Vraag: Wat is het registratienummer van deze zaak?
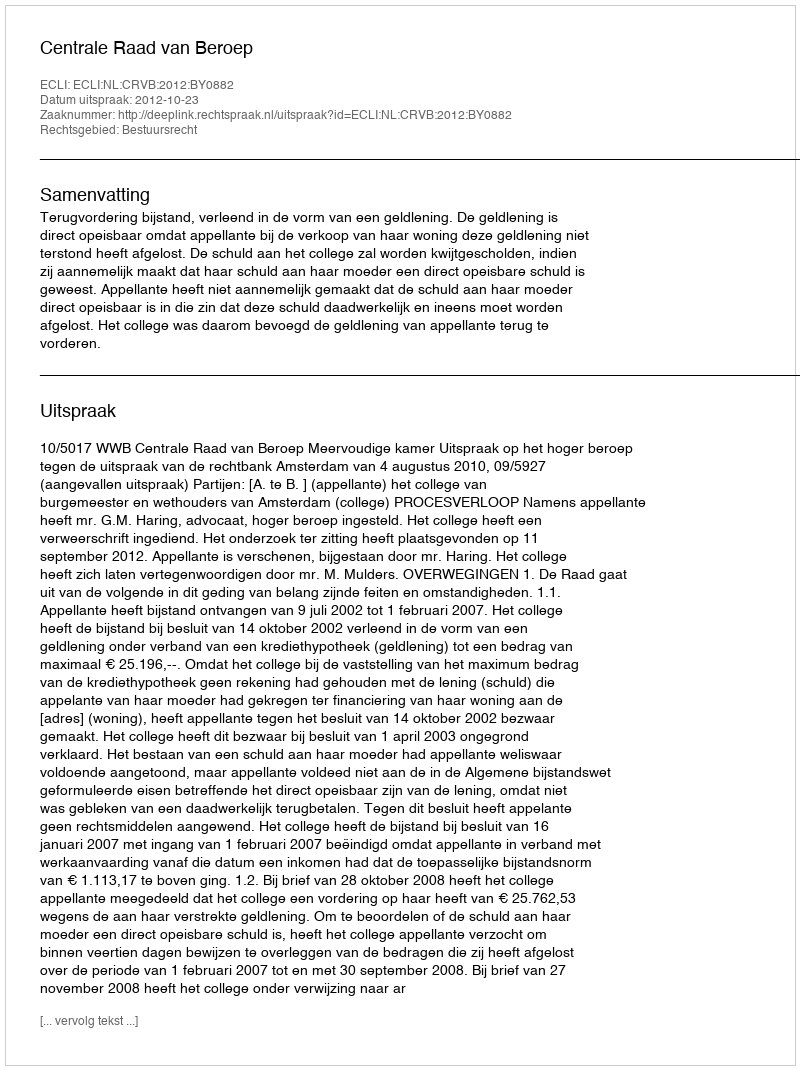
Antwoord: http://deeplink.rechtspraak.nl/uitspraak?id=ECLI:NL:CRVB:2012:BY0882